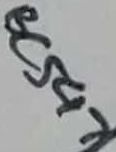
Text: BC547